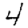
Digit: 4